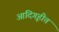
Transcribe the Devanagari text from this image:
आदिगृहीत